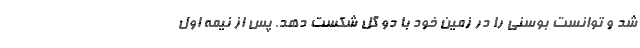
شد و توانست بوسنی را در زمین خود با دو گل شکست دهد. پس از نیمه اول